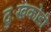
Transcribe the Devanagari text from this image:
दुःखकोडी